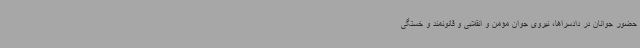
حضور جوانان در دادسراها، نیروی جوان مؤمن و انقلابی و قانونمند و خستگی